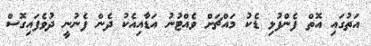
އަތުގައި އޮތް ފެންފުޅި ޑެކު މައްޗަށް ވެއްޓުނު އަޑާއިއެކު ދެން ފެނުނީ ދުވެފައިގޮސް